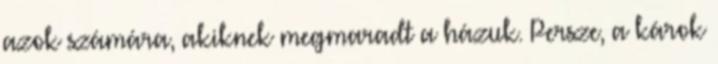
azok számára, akiknek megmaradt a házuk. Persze, a károk